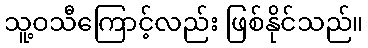
သူ့ဝသီကြောင့်လည်း ဖြစ်နိုင်သည်။